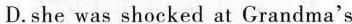
D. She was shocked at Grandma's